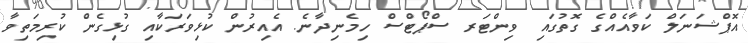
އޮޕްޝަނަލް ކަވާއެއްގެ ގޮތުގައި ވިންޓަރ ސްޕޯޓްސް ހިމެނިދާނެ. އެއިރުން ކުޅިވަރަކާއި ގުޅިގެން ކުރިމަތިވާ